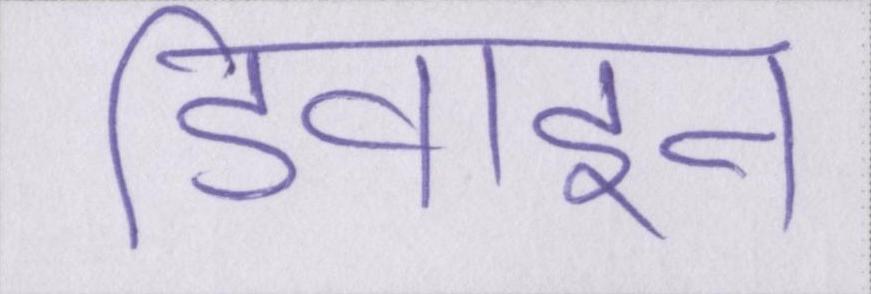
डिवाइन